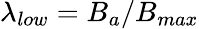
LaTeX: \lambda_{low}=B_{a}/B_{max}